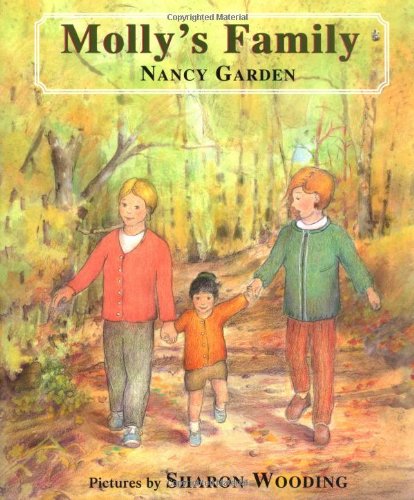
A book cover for Molly's Family; Nancy Garden; Gay & Lesbian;